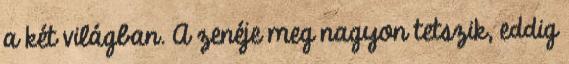
a két világban. A zenéje meg nagyon tetszik, eddig